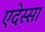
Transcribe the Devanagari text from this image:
एदेस्सा